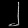
Digit: ၂